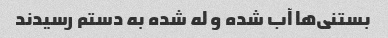
بستنی‌ها آب شده و له شده به دستم رسیدند